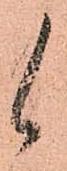
候